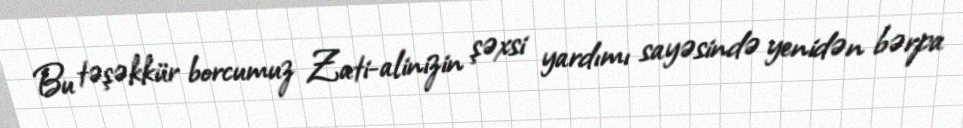
Bu təşəkkür borcumuz Zati-alinizin şəxsi yardımı sayəsində yenidən bərpa